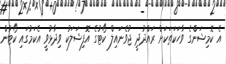
އެ ކޮމިޝަންގެ ވާހަކަތަކަށް ރައްދުދީ ޖުވެނައިލް ކޯޓުގެ އޮފިޝަލަކު ވިދާޅުވީ އެކަމުގައި ކޯޓުން